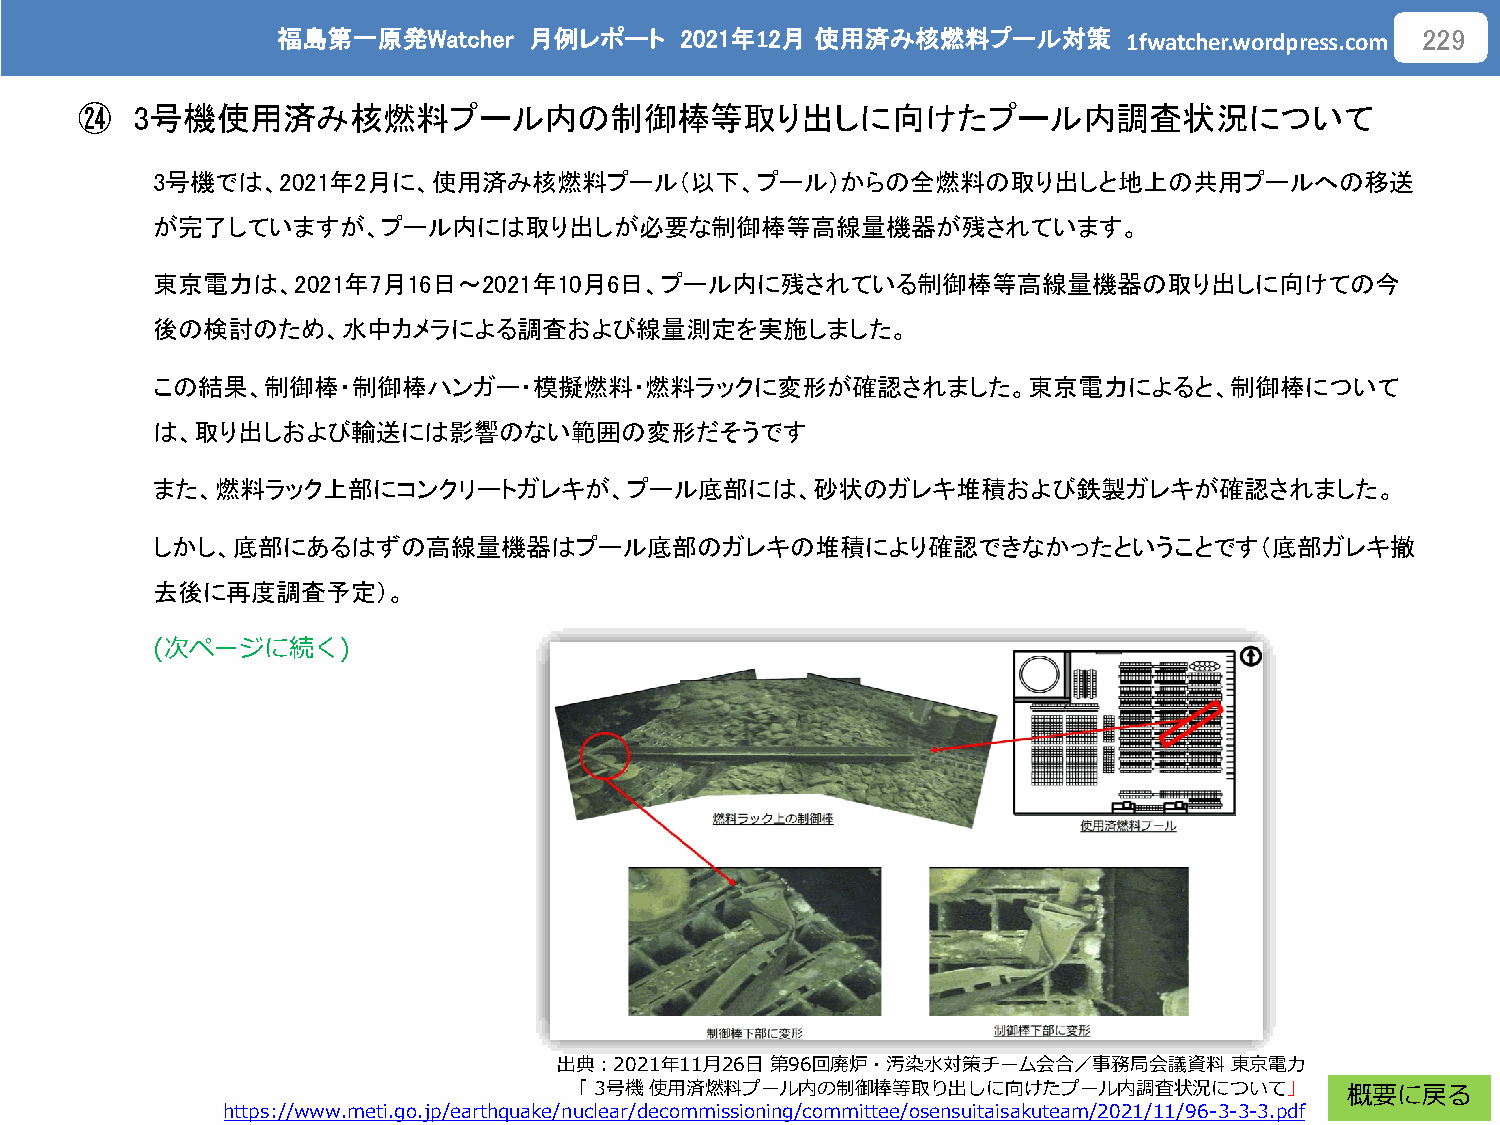
福島第一原発Watcher    月例レポート    2021年12月 使用済み核燃料プール対策
 1fwatcher.wordpress.com
 229
 ㉔   3号機使用済み核燃料プール内の制御棒等取り出しに向けたプール内調査状況について
 3号機では、2021年2月に、使用済み核燃料プール（以下、プール）からの全燃料の取り出しと地上の共用プールへの移送
 が完了していますが、プール内には取り出しが必要な制御棒等高線量機器が残されています。
 東京電力は、2021年7月16日～2021年10月6日、プール内に残されている制御棒等高線量機器の取り出しに向けての今
 後の検討のため、水中カメラによる調査および線量測定を実施しました。
 この結果、制御棒・制御棒ハンガー・模擬燃料・燃料ラックに変形が確認されました。東京電力によると、制御棒について
 は、取り出しおよび輸送には影響のない範囲の変形だそうです
 また、燃料ラック上部にコンクリートガレキが、プール底部には、砂状のガレキ堆積および鉄製ガレキが確認されました。
 しかし、底部にあるはずの高線量機器はプール底部のガレキの堆積により確認できなかったということです（底部ガレキ撤
 去後に再度調査予定）。
 (次ページに続く)
 出典：2021年11月26日 第96回廃炉・汚染水対策チーム会合／事務局会議資料    東京電力
 「3号機使用済燃料プール内の制御棒等取り出しに向けたプール内調査状況について」            概要に戻る
 https://www.meti.go.jp/earthquake/nuclear/decommissioning/committee/osensuitaisakuteam/2021/11/96-3-3-3.pdf